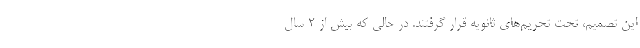
این تصمیم، تحت تحریم‌های ثانویه قرار گرفتند. در حالی که بیش از ۲ سال